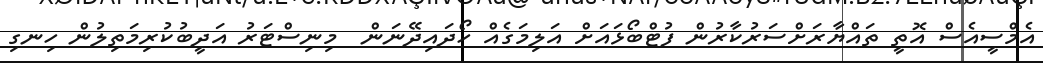
އެމްސީއެސް އޮތީ ތައްޔާރަށްސަރުކާރުން ފުޓްބޯޅައަށް އަލިމަގެއް ހޯދައިދޭނަން  މިނިސްޓަރު އަދީބުކުރިމަތިލުން ހިނގި